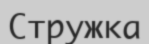
Стружка